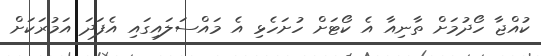
ކުއްޖާ ހޯދުމަށް ތާނިއާ އެ ކޯޓަށް ހުށަހެޅި އެ މައްސަލައިގައި އެފަދަ އަމުރަކަށް